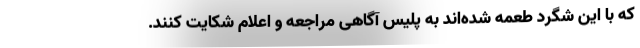
که با این شگرد طعمه شده‌اند به پلیس آگاهی مراجعه و اعلام شکایت کنند.